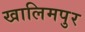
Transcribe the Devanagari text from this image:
खालिमपुर